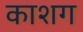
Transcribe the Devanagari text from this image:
काशग